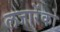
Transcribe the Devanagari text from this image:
लजारेंको